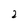
Character: 2